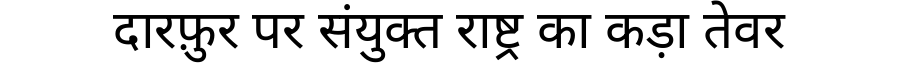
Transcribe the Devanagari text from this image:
दारफ़ुर पर संयुक्त राष्ट्र का कड़ा तेवर